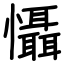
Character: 懾